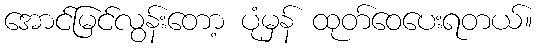
အောင်မြင်လွန်းတော့ ပုံမှန် ထုတ်ဝေပေးရတယ်။